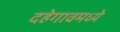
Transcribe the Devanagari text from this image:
दहेगावमध्ये